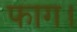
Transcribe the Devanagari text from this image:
फाग।